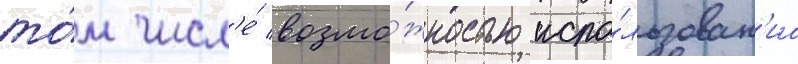
то́м числ'е́ возмо́жностью испо́льзован'иа